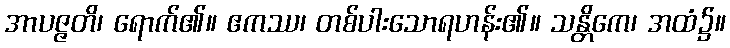
အာပဇ္ဇတိ၊ ရောက်၏။ ဧကဿ၊ တစ်ပါးသောရဟန်း၏။ သန္တိကေ၊ အထံ၌။